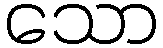
သော